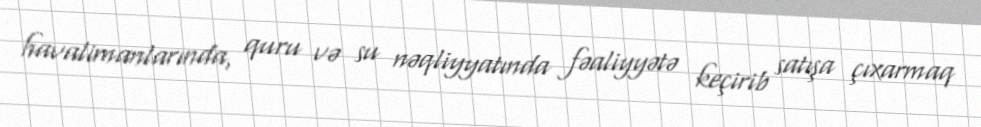
havalimanlarında, quru və su nəqliyyatında fəaliyyətə keçirib satışa çıxarmaq